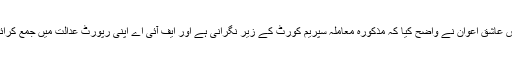
فردوس عاشق اعوان نے واضح کیا کہ مذکورہ معاملہ سپریم کورٹ کے زیر نگرانی ہے اور ایف آئی اے اپنی رپورٹ عدالت میں جمع کرائی گی۔